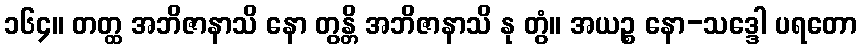
၁၆၄။ တတ္ထ အဘိဇာနာသိ နော တွန္တိ အဘိဇာနာသိ နု တွံ။ အယဉ္စ နော-သဒ္ဒေါ ပရတော